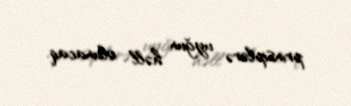
prinsiplərə uyğun həll olunacaq.